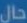
حال